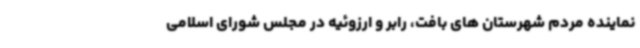
نماینده مردم شهرستان های بافت، رابر و ارزوئیه در مجلس شورای اسلامی